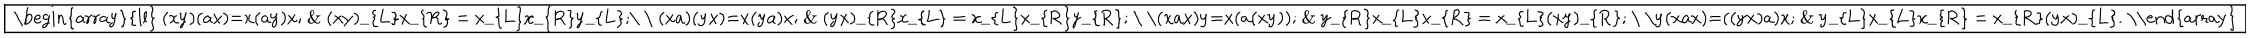
\fbox { \begin{array} { l l } { { ( x y ) ( a x ) = x ( a y ) x ; } } & { { ( x y ) _ { L } x _ { R } = x _ { L } x _ { R } y _ { L } ; } } \\ { { ( x a ) ( y x ) = x ( y a ) x ; } } & { { ( y x ) _ { R } x _ { L } = x _ { L } x _ { R } y _ { R } ; } } \\ { { ( x a x ) y = x ( a ( x y ) ) ; } } & { { y _ { R } x _ { L } x _ { R } = x _ { L } ( x y ) _ { R } ; } } \\ { { y ( x a x ) = ( ( y x ) a ) x ; } } & { { y _ { L } x _ { L } x _ { R } = x _ { R } ( y x ) _ { L } . } } \\ \end{array} }